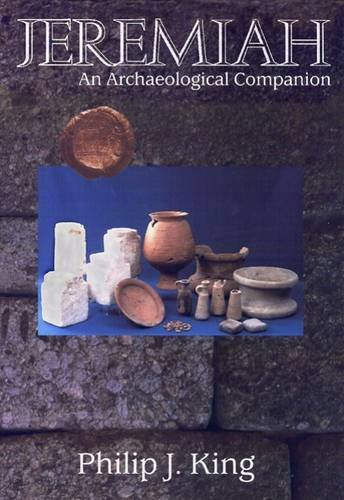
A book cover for Jeremiah: An Archaeological Companion; Philip J. King; Christian Books & Bibles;